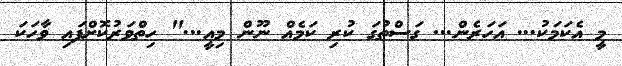
މީ އެކަމަކު... އަހަރެން... ގަސްތުގަ ކުރި ކަމެއް ނޫން މިއީ..." ހިތްވަރުކޮށްފައި ވާހަކަ